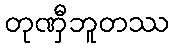
တုဏှီဘူတဿ